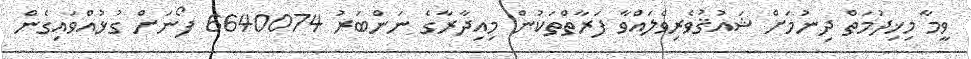
ވީމާ މިޚިދުމަތް ދިނުމަށް ޝައުޤުވެރިވެލައްވާ ފަރާތްތަކުން މިއިދާރާގެ ނަންބަރު 6640074 ފޯނަށް ގުޅުއްވައިގެން